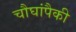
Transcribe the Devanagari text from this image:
चौघांपैकी